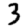
Digit: 3